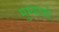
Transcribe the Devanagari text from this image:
मुम्बाकी